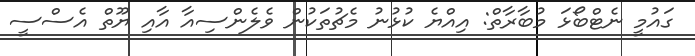
ގައުމީ ނެޓްބޯޅަ މުބާރާތް: އިއްޔެ ކުޅުނު މެޗުތަކުން ވެލެންސިއާ އާއި ޔޫތް އެސްސީ